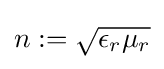
n:={\sqrt {\epsilon _{r}\mu _{r}}}